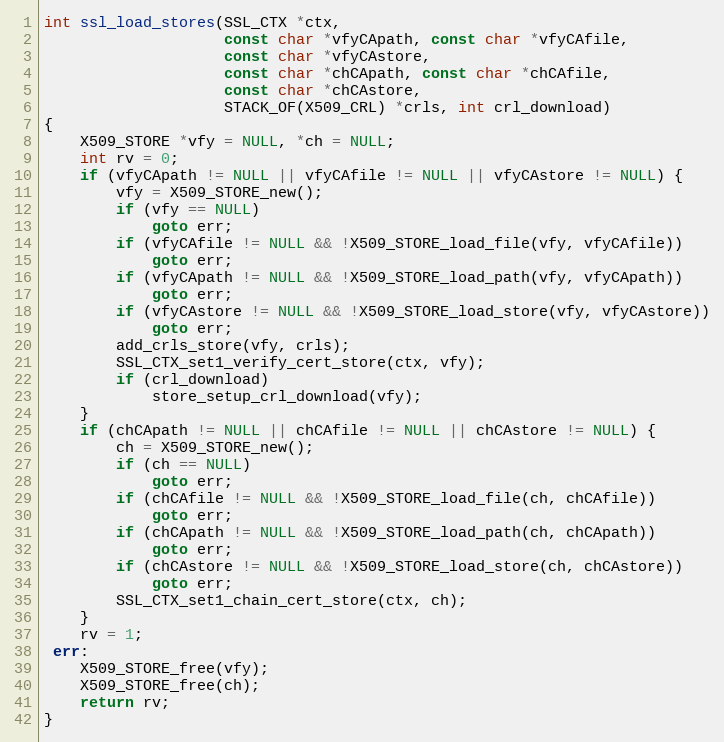
Language: C
int ssl_load_stores(SSL_CTX *ctx,
                    const char *vfyCApath, const char *vfyCAfile,
                    const char *vfyCAstore,
                    const char *chCApath, const char *chCAfile,
                    const char *chCAstore,
                    STACK_OF(X509_CRL) *crls, int crl_download)
{
    X509_STORE *vfy = NULL, *ch = NULL;
    int rv = 0;
    if (vfyCApath != NULL || vfyCAfile != NULL || vfyCAstore != NULL) {
        vfy = X509_STORE_new();
        if (vfy == NULL)
            goto err;
        if (vfyCAfile != NULL && !X509_STORE_load_file(vfy, vfyCAfile))
            goto err;
        if (vfyCApath != NULL && !X509_STORE_load_path(vfy, vfyCApath))
            goto err;
        if (vfyCAstore != NULL && !X509_STORE_load_store(vfy, vfyCAstore))
            goto err;
        add_crls_store(vfy, crls);
        SSL_CTX_set1_verify_cert_store(ctx, vfy);
        if (crl_download)
            store_setup_crl_download(vfy);
    }
    if (chCApath != NULL || chCAfile != NULL || chCAstore != NULL) {
        ch = X509_STORE_new();
        if (ch == NULL)
            goto err;
        if (chCAfile != NULL && !X509_STORE_load_file(ch, chCAfile))
            goto err;
        if (chCApath != NULL && !X509_STORE_load_path(ch, chCApath))
            goto err;
        if (chCAstore != NULL && !X509_STORE_load_store(ch, chCAstore))
            goto err;
        SSL_CTX_set1_chain_cert_store(ctx, ch);
    }
    rv = 1;
 err:
    X509_STORE_free(vfy);
    X509_STORE_free(ch);
    return rv;
}